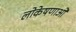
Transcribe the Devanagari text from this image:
लोकेषणाओं